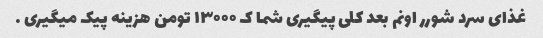
غذای سرد شورر اونم بعد کلی پیگیری شما ک ۱۳۰۰۰ تومن هزینه پیک میگیری …